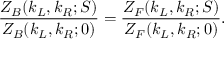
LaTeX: { \frac { Z _ { B } ( k _ { L } , k _ { R } ; S ) } { Z _ { B } ( k _ { L } , k _ { R } ; 0 ) } } = { \frac { Z _ { F } ( k _ { L } , k _ { R } ; S ) } { Z _ { F } ( k _ { L } , k _ { R } ; 0 ) } } .